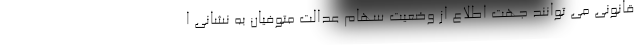
قانونی می توانند جهت اطلاع از وضعیت سهام عدالت متوفیان به نشانی ا